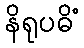
နိရုပဓိံ